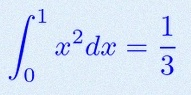
\int_0^1 x^2dx=\frac13